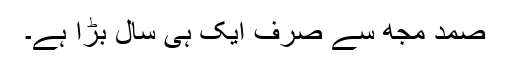
صمد مجھ سے صرف ایک ہی سال بڑا ہے۔